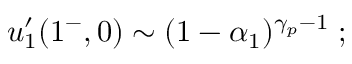
u _ { 1 } ^ { \prime } ( 1 ^ { - } , 0 ) \sim ( 1 - \alpha _ { 1 } ) ^ { \gamma _ { p } - 1 } \; ;